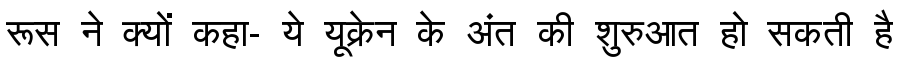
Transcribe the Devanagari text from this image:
रूस ने क्यों कहा- ये यूक्रेन के अंत की शुरुआत हो सकती है